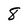
Character: 8